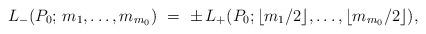
LaTeX: \begin{align*}\begin{minipage}[c]{35pc}$L_-(P_0;\,m_1,\dots,m_{m_0})\ =\ \pm\,L_+(P_0;\lfloor m_1/2\rfloor,\dots,\lfloor m_{m_0}/2\rfloor),$\end{minipage}\end{align*}